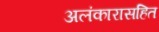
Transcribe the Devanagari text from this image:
अलंकारासहित